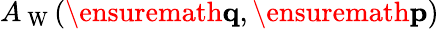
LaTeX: A_{\mathrm{~W~}}(\ensuremath{\mathbf{q}},\ensuremath{\mathbf{p}})